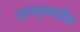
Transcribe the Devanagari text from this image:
आपत्‌कालीन